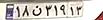
۱۸ن۳۱۹۱۳